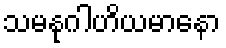
သမနုဂါဟိယမာနော